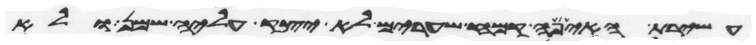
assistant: עשירת האיפה קמח שערים לא יצק עליה שמן ולא